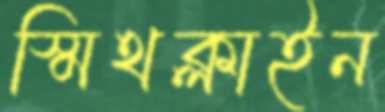
স্মিথক্লাইন